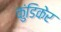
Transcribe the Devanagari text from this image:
कुंडिकेर